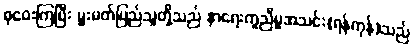
စုဝေးကြပြီး မှူးမတ်ပြည်သူတို့သည် နာရေးကူညီမှုအသင်း(ရန်ကုန်)သည်